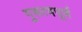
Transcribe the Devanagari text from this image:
गुरूत्वपूर्ण